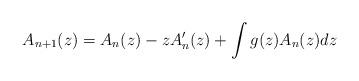
LaTeX: \begin{align*}A_{n+1}(z)=A_n(z)- zA_n'(z)+\int g(z)A_n(z)dz\end{align*}